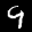
Label: 9